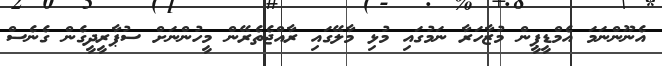
އެނޫންނަމަ އެމްޑީޕީން މުޒާހަރާ ނަމުގައި މުޅި މާލޭގައި ރާއްޖެތެރޭން މީހުންނަށް ސުޕާރީދީގެން ގެނެސް